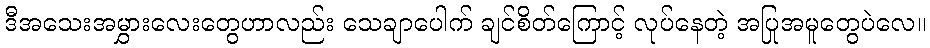
ဒီအသေးအမွှားလေးတွေဟာလည်း သေချာပေါက် ချင်စိတ်ကြောင့် လုပ်နေတဲ့ အပြုအမူတွေပဲလေ။